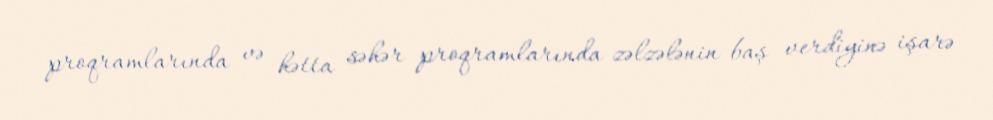
proqramlarında və hətta səhər proqramlarında zəlzələnin baş verdiyinə işarə